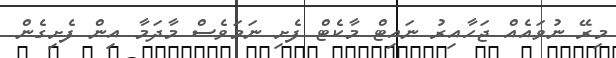
މިރޭ ނުވައެއް ޖަހާއިރު ނައިޓް މާކެޓް ފެށި ނަމަވެސް މާދަމާ އިން ފެށިގެން